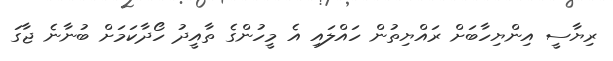
ރިޔާސީ އިންޔިހާބަށް ރައްޔިތުން ހައްލައި އެ މީހުންގެ ތާއީދު ހޯދާކަމަށް ބުނާނެ ޖާގަ